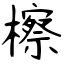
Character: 檫